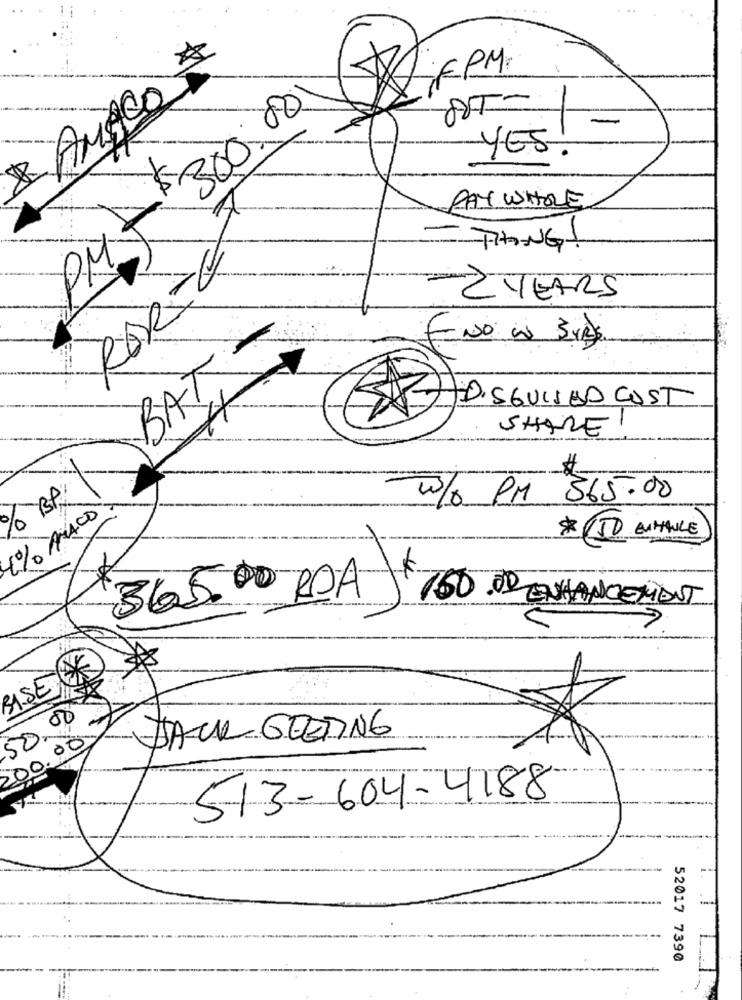
RAMACO
PM- $ 300.00
YES!
PAY WHOLE
- THING!
2 YEARS
BAT -
SNO WW 3YRS
ZAJDISGUISED COST
SHARE
1
% BA
565.00
20/0 PM
1% MACD
* (50 ENHANCE)
365.00 ROA 160.00 ENHANCEMENT
1
ASEX
50m
00
JACK GRETING
200.
513-604-4188
52017 7390